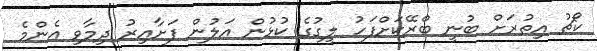
ކޯޗު އިތުރަށް ބުނީ ބްރޭކަށްފަހު ލީގުގެ ކުޅުން އަލުން ފަށާއިރު ދިމާވި އެންމެ